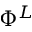
\Phi ^ { L }